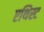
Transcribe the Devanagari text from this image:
एथिस्ट